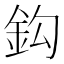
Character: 鈎